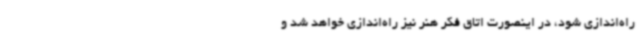
راه‌اندازی شود، در اینصورت اتاق فکر هنر نیز راه‌اندازی خواهد شد و